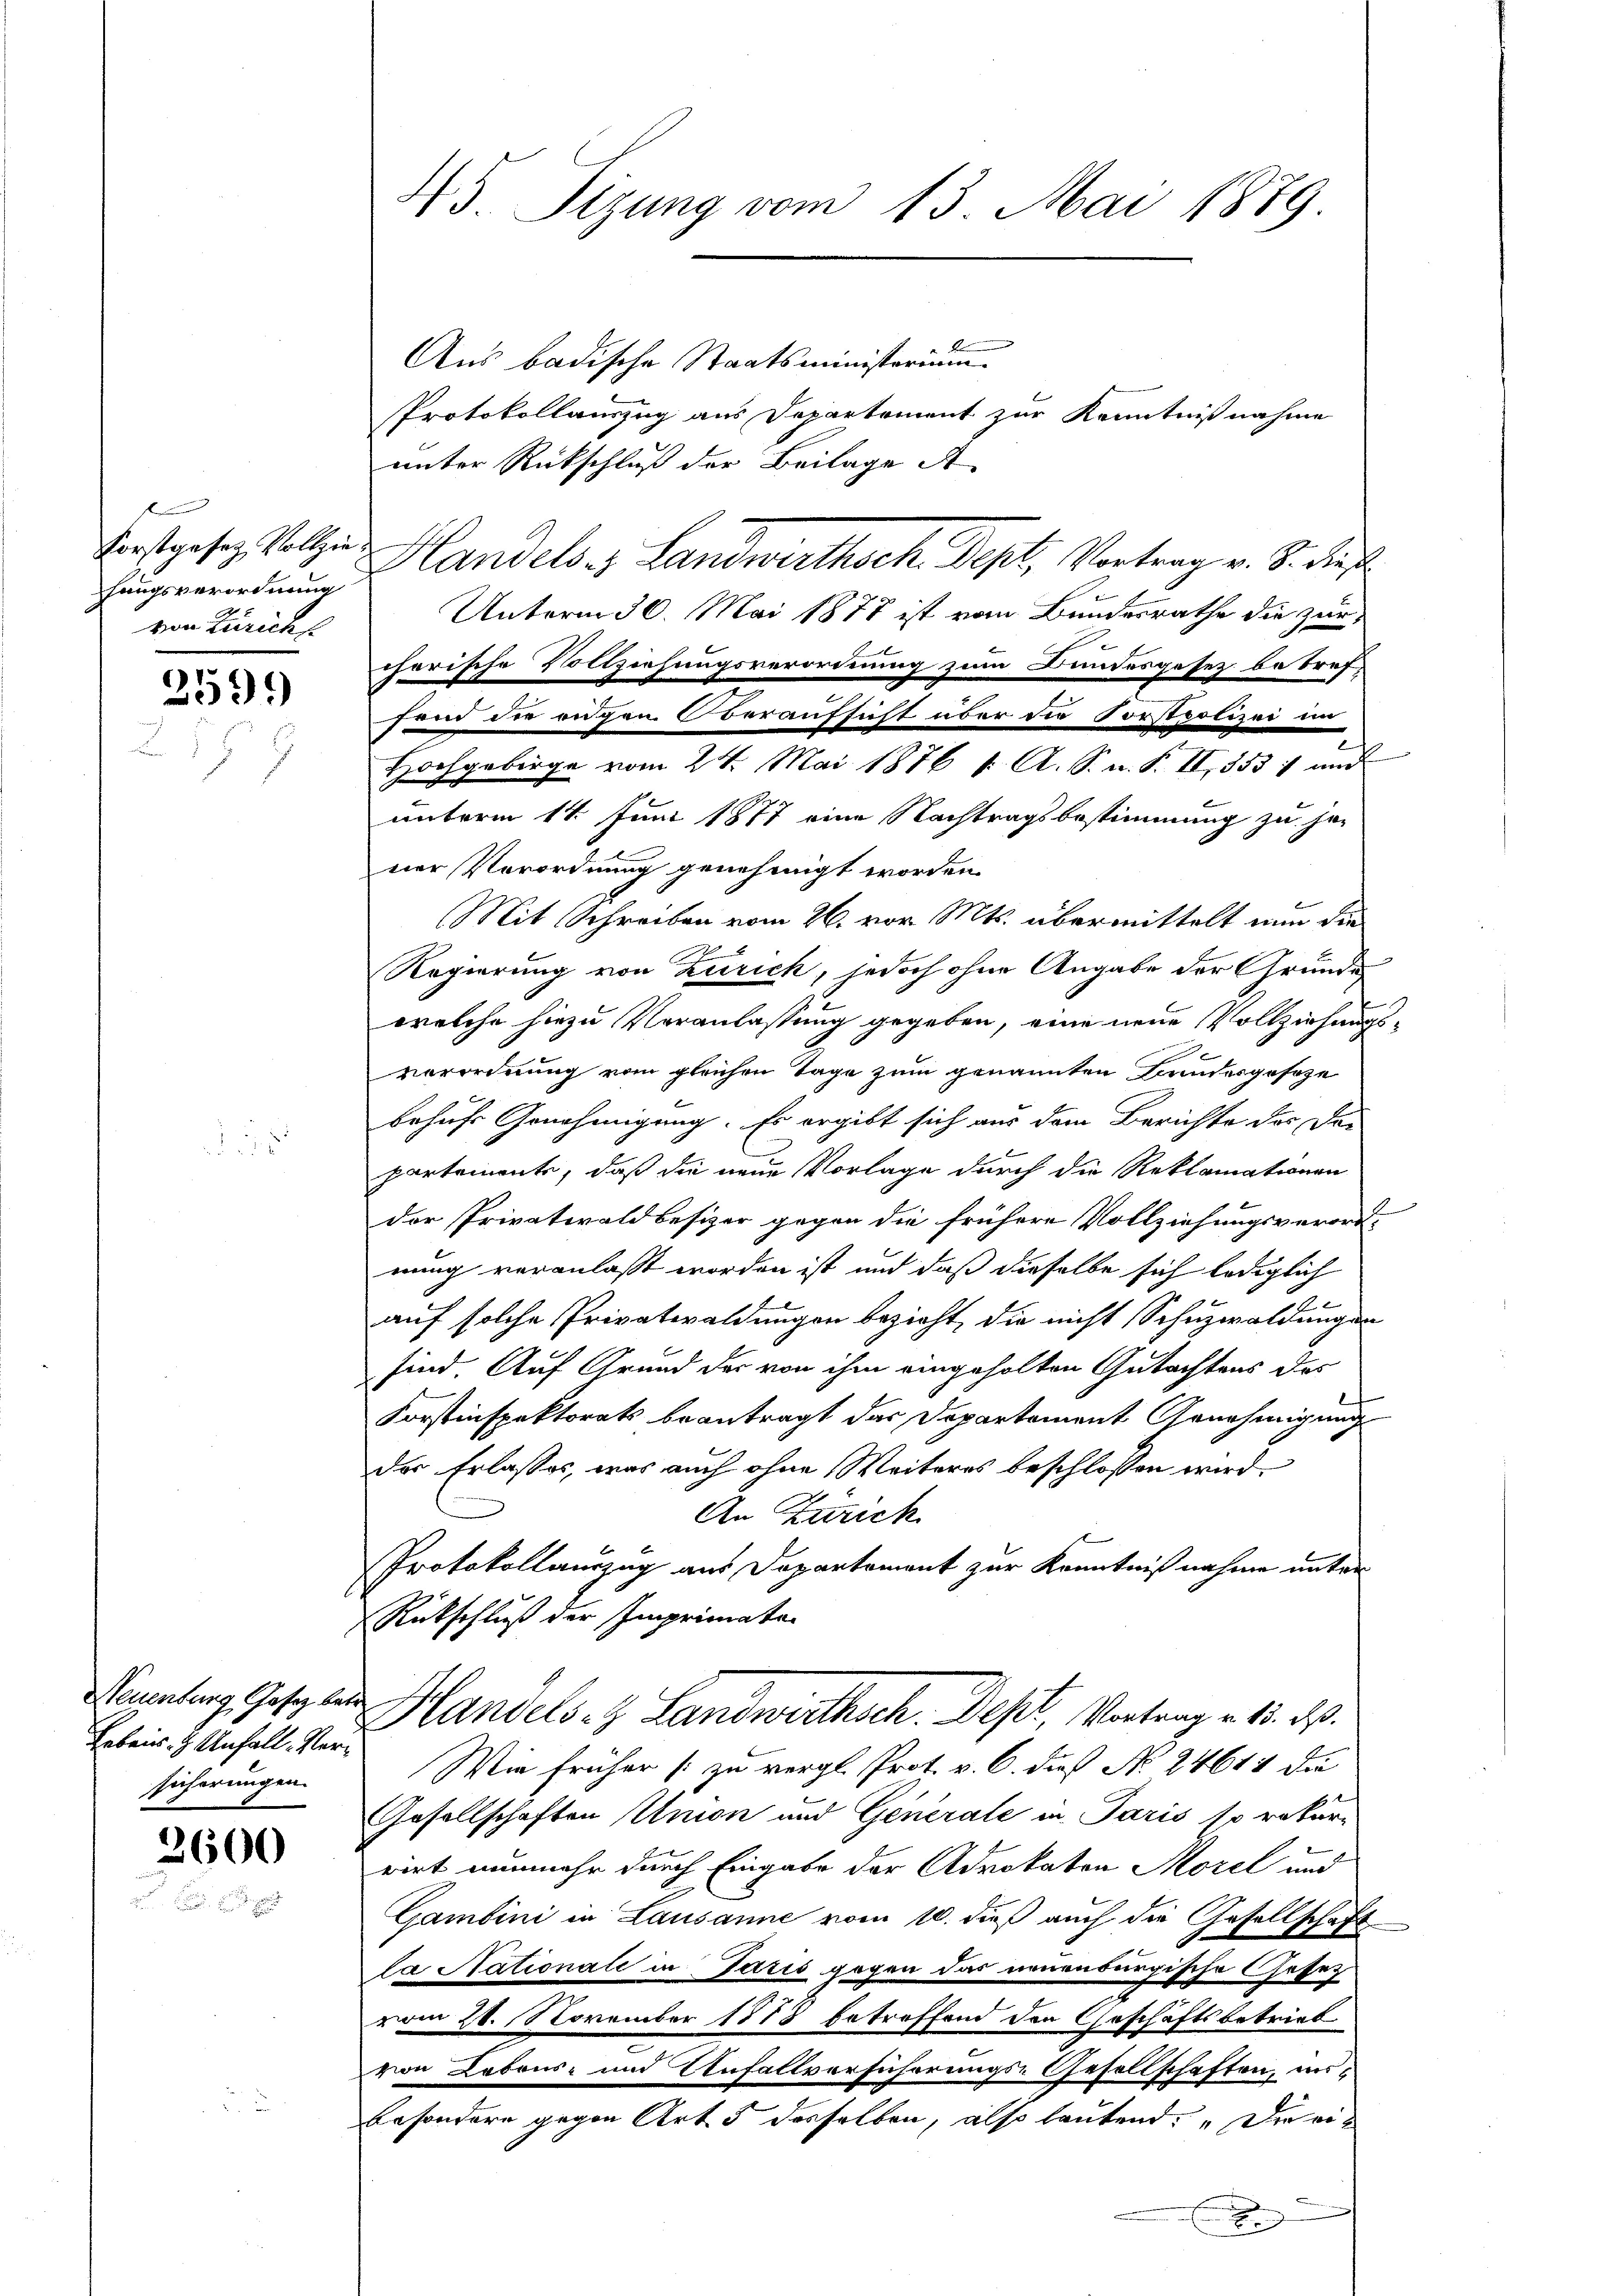
f
Forstgesetz Vollziehungsverordnung
von Zürichs

1.
9

Febeis- & Unfall, Versicherungen.

2600

45. Sitzung vom 13. Mai 1889.

Aus badische Staatsministerium
Protokollauszug aus Departement zur Kenntnißnahme
unter Rückschluß der Beilage A
Handels- & Landwirthsch Dept, Vortrag v. 8. dies
Unterm 30. Mai 1877 ist vom Bundesrathe die zur
cherische Vollziehungsverordnung zum Bundesgesez betreffend die ridgen. Oberaufsicht über die Forstpolizei im
Hochgebirge vom 24. Mai 1876 1. A. S. n. F. II, 3531 und
unterm 14. Juni 1877 eine Nachtragsbestimmung zu haner Verordnung genehmigt worden.
Mit Schreiben vom 26. vor. Mts. übermittelt nun die
Regierung von Zürich, jedoch ohne Angabe der Grunde
welche hiezu Veranlassung gegeben, eine neue Vollziehungsg
verordnung vom gleichen Tage zum genannten Bandesgeseze
behufs Genehmigung. Es ergibt sich aus dem Berichte das der
partements, daß die neue Vorlage durch die Reklamationen
der Privatwaldbesizer gegen die frühere Vollziehungsverordnung veranlaßt worden ist und daß dieselbe sich lediglich
auf solche Privatwaldungen bezieht, die nicht Schuzwaldungen
sind. Auf Grund der von ihm eingeholten Gutachtens des
Forstinspektorats beantragt das Departement Genehmigung
der Erlasses, was auch ohne Weiteres beschlossen wird.
An Zürich
Protokollauszug aus Departement zur Kenntnißnahme unter
Rütschluß der Imprimate-
Sammlung es bei Handels- Landwirthsch. Dept, Vortrag v. 15. ds.
Wie früher [zu vergl. Prot. v. C. dieß No. 24611 die
Gesellschaften Union und Generale in Paris so rekurrirt nunmehr durch Eingabe der Advokaten Morel und
Gambini in Lausanne vom 10. dieß auch die Gesellschaft
la Nationali in Paris gegen das neuenburgische Gesez
vom 28. November 1878 betreffend den Geschäftsbetrieb
von Lebens- und Einfallversicherungs-Gesellschaften, unbesondere gegen Art. 5 desselben, also lautend: „Die ein
e